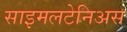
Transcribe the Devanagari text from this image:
साइमलटेनिअस